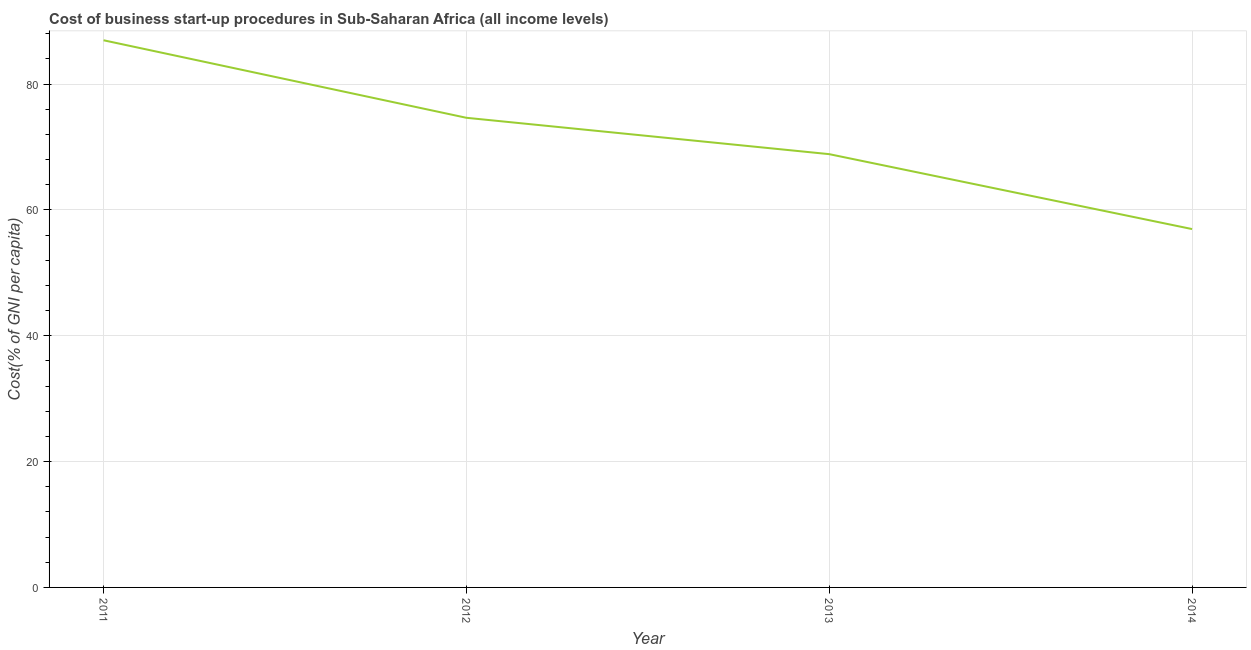
| Year | Cost |
 | --- | --- |
 | 2011 | 87 |
 | 2012 | 74.6 |
 | 2013 | 68.9 |
 | 2014 | 57 |